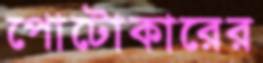
পোটোকারের